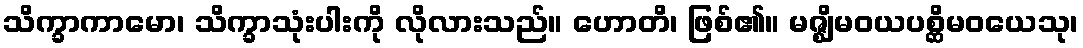
သိက္ခာကာမော၊ သိက္ခာသုံးပါးကို လိုလားသည်။ ဟောတိ၊ ဖြစ်၏။ မဇ္ဈိမဝယပစ္ဆိမဝယေသု၊